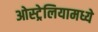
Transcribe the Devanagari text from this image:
ओस्ट्रेलियामध्ये